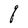
Character: q